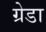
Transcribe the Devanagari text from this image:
ग्रेडा